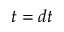
t = d t